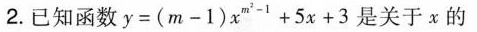
2.已知函数 $$y = ( m - 1 ) x ^ { m ^ { 2 } - 1 } + 5 x + 3$$ 是关于x的